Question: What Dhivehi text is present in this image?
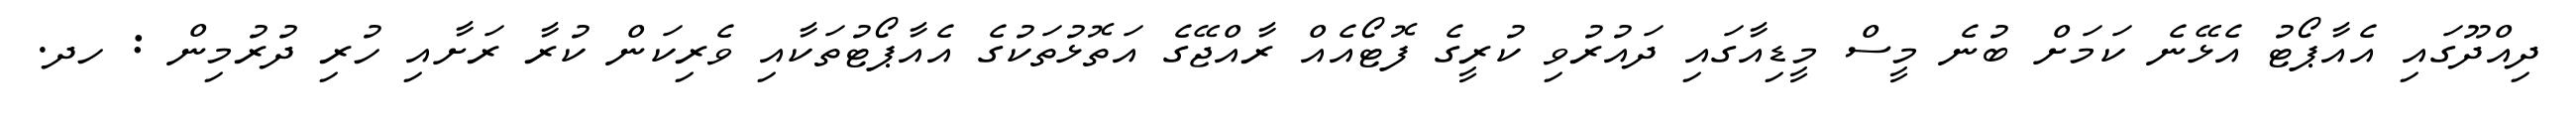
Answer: ދިއްދޫގައި އެއާޕޯޓު އެޅޭނެ ކަމަށް ބުނެ މީސް މީޑިއާގައި ދައުރުވި ކުރީގެ ފޮޓޯއެއް ރާއްޖޭގެ އަތޮޅުތަކުގެ އެއާޕޯޓުތަކާއި ވެރިކަން ކުރާ ރަށާއި ހުރި ދުރުމިން : ހދ.